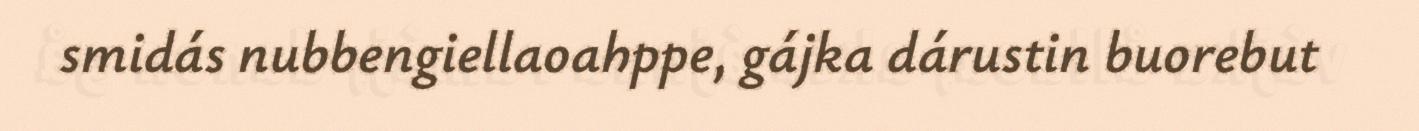
smidás nubbengiellaoahppe, gájka dárustin buorebut